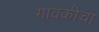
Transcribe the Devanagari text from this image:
गावकीचा